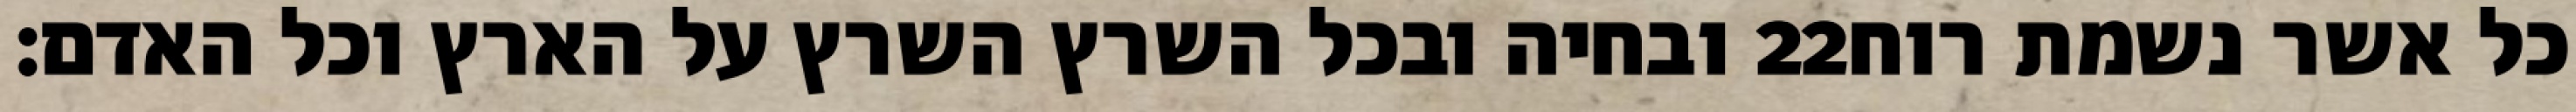
ובחיה ובכל השרץ השרץ על הארץ וכל האדם׃ ‎22‏ כל אשר נשמת רוח